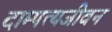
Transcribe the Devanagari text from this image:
दाम्पत्यजीवन